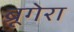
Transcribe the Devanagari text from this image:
ब्रूगेरा